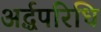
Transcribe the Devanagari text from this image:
अर्द्धपरिधि